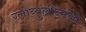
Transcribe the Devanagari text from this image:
ग्लोब्युलीन्मध्ये